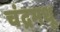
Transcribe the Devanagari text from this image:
चंद्रमधू